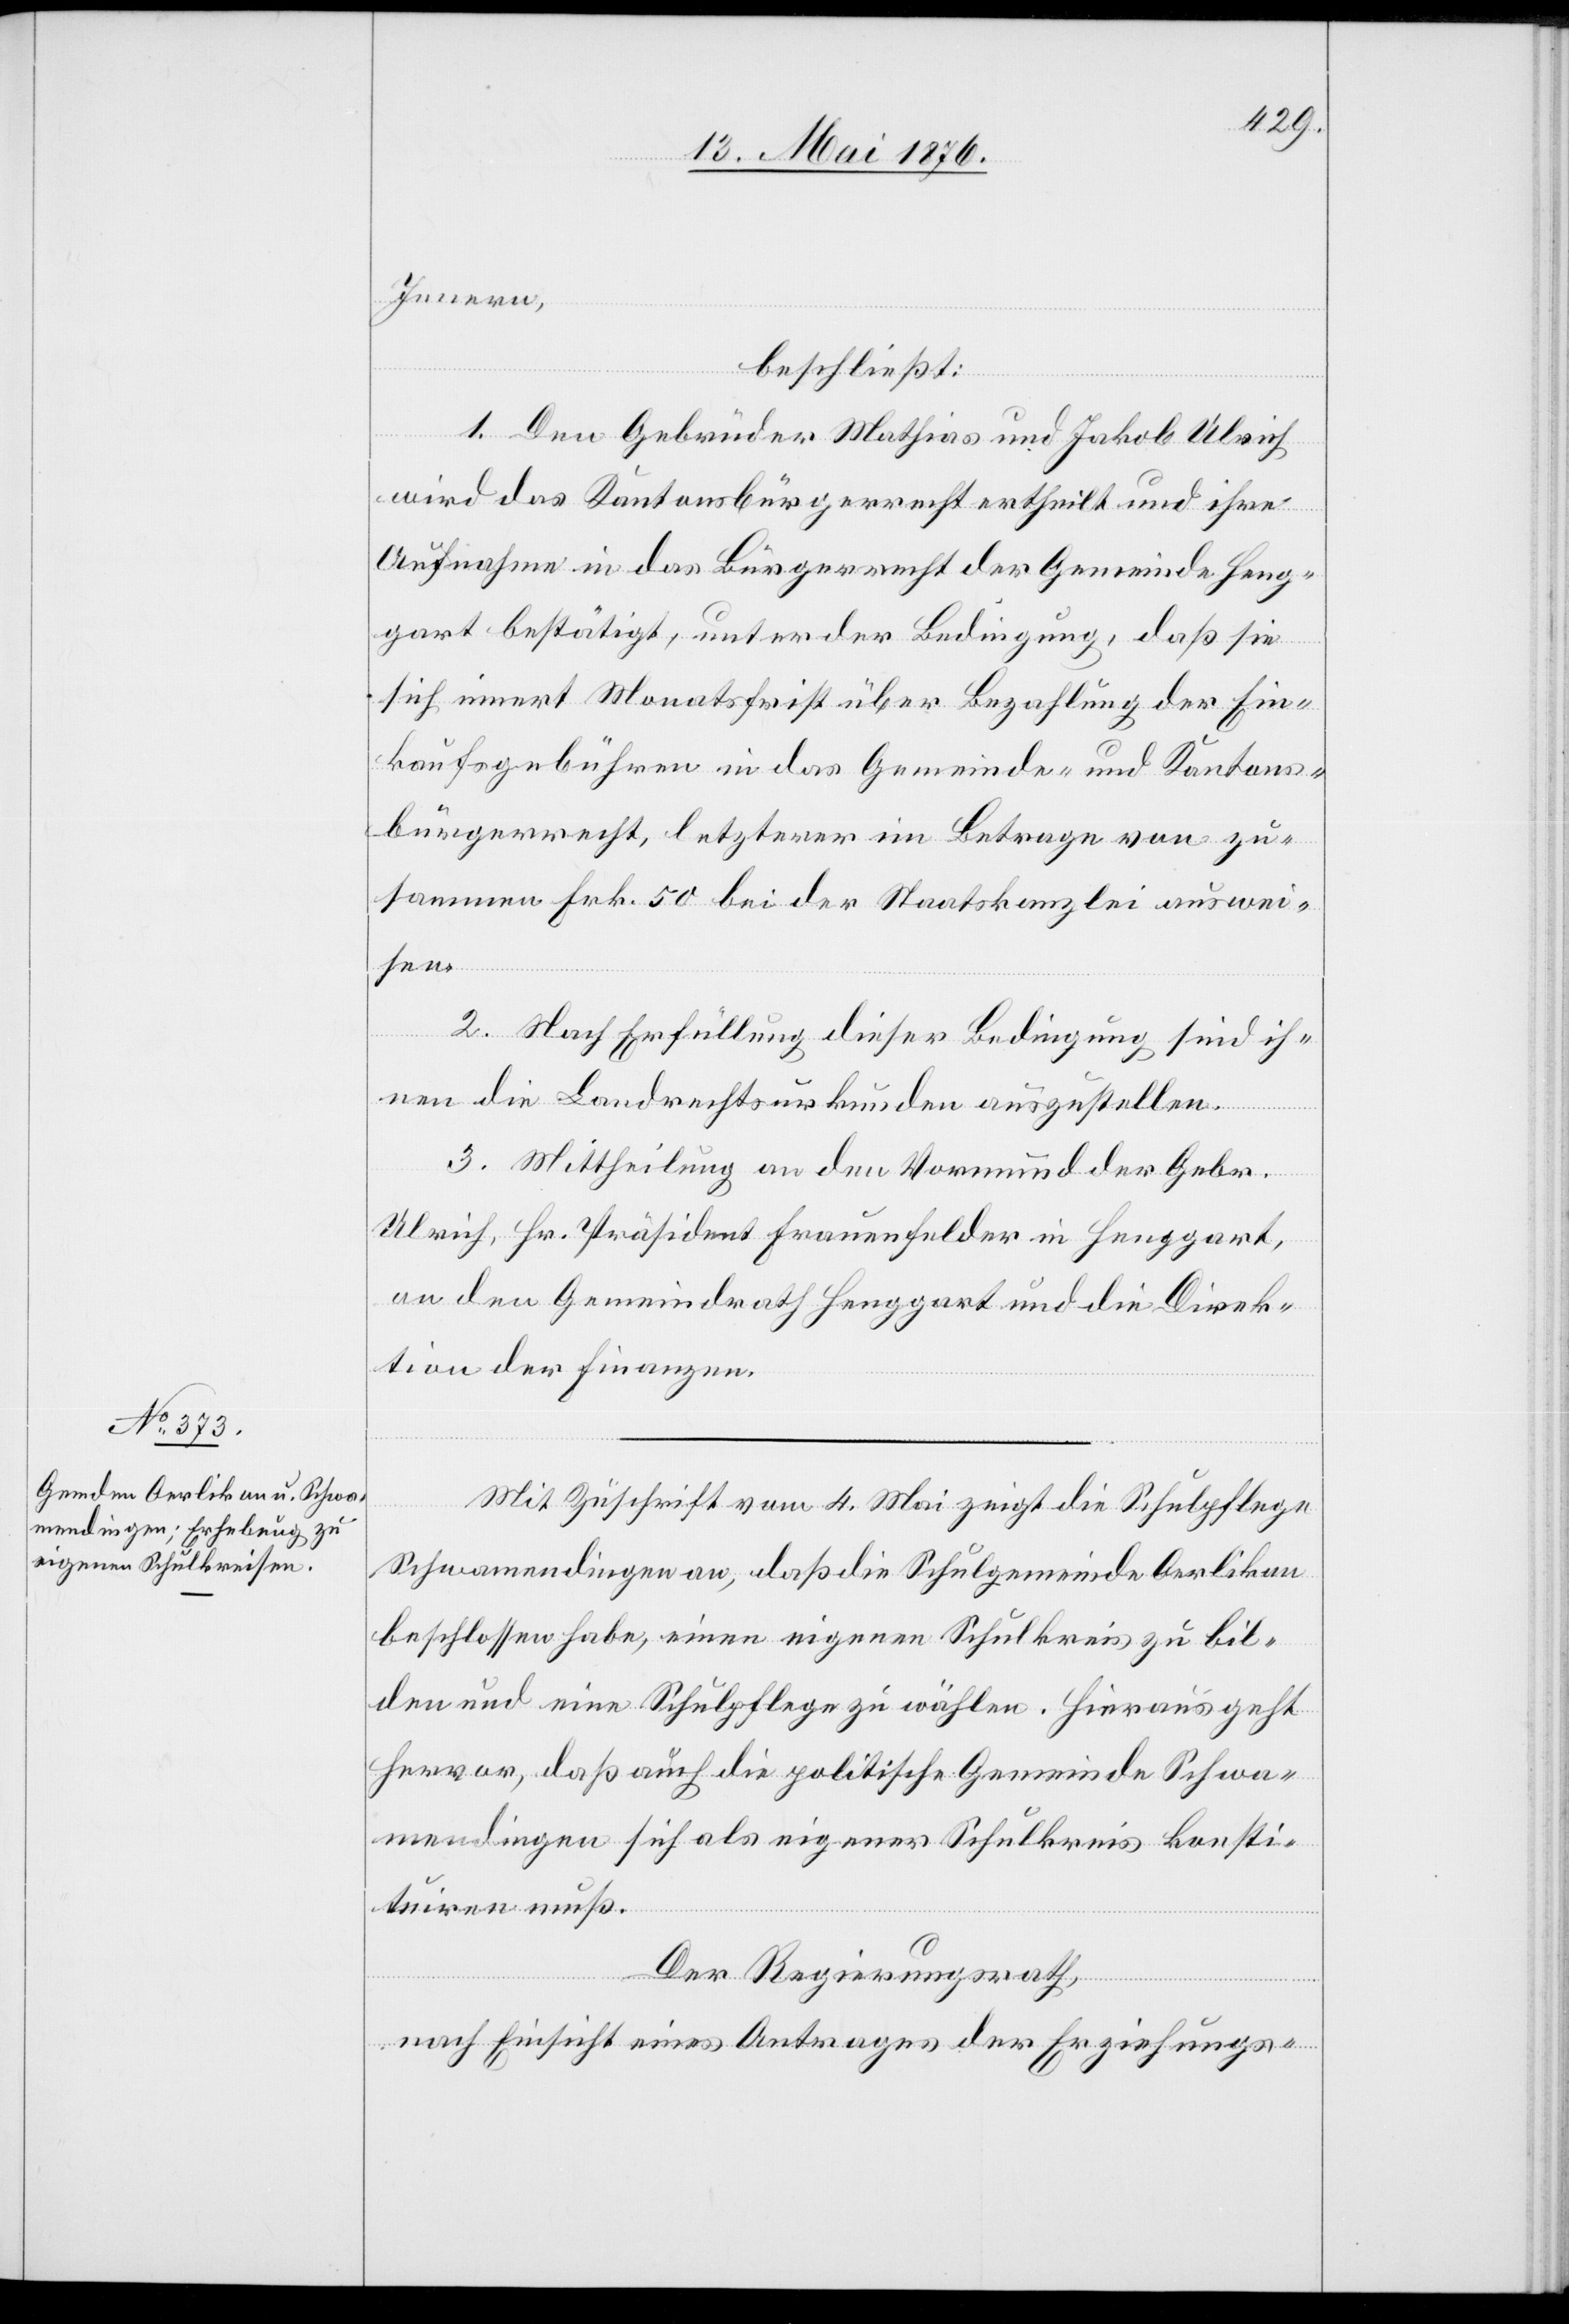
Innern,
beschließt:
1. Den Gebrüdern Mathias und Jakob Ulrich
wird das Kantonsbürgerrecht ertheilt und ihre
Aufnahme in das Bürgerrecht der Gemeinde Heng¬
gart bestätigt, unter der Bedingung, daß sie
sich innert Monatsfrist über Bezahlung der Ein¬
kaufsgebühren in das Gemeinde- und Kantons¬
bürgerrecht, letzterer im Betrage von zu¬
sammen Frk. 50 bei der Staatskanzlei auswei¬
sen.
2. Nach Erfüllung dieser Bedingung sind ih¬
nen die Landrechtsurkunden auszustellen.
3. Mittheilung an den Vormund der Gebr.
Ulrich, Hr. Präsident Frauenfelder in Henggart,
an den Gemeindrath Henggart und die Direk¬
tion der Finanzen.
Mit Zuschrift vom 4. Mai zeigt die Schulpflege
Schwamendingen an, daß die Schulgemeinde Oerlikon
beschlossen habe, einen eigenen Schulkreis zu bil¬
den und eine Schulpflege zu wählen. Hieraus geht
hervor, daß auch die politische Gemeinde Schwa¬
mendingen sich als eigener Schulkreis konsti¬
tuiren muß.
Der Regierungsrath,
nach Einsicht eines Antrages der Erziehungs-